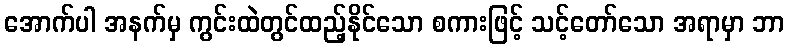
အောက်ပါ အနက်မှ ကွင်းထဲတွင်ထည့်နိုင်သော စကားဖြင့် သင့်တော်သော အရာမှာ ဘာ